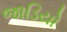
જાડિયો